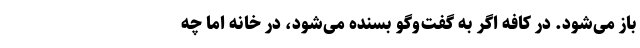
باز می‌شود. در کافه اگر به گفت‌و‌گو بسنده می‌شود، در خانه اما چه